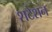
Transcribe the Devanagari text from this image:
शटेशन